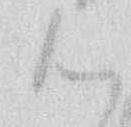
御